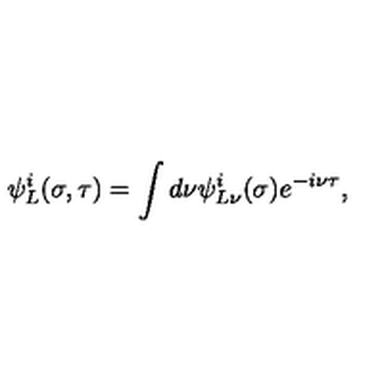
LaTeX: \psi _ { L } ^ { i } ( \sigma , \tau ) = \int d \nu \psi _ { L \nu } ^ { i } ( \sigma ) e ^ { - i \nu \tau } ,